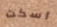
أسكت